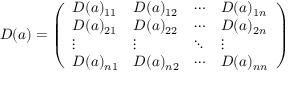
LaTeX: D ( a ) = { \left( \begin{array} { l l l l } { D ( a ) _ { 1 1 } } & { D ( a ) _ { 1 2 } } & { \cdots } & { D ( a ) _ { 1 n } } \\ { D ( a ) _ { 2 1 } } & { D ( a ) _ { 2 2 } } & { \cdots } & { D ( a ) _ { 2 n } } \\ { \vdots } & { \vdots } & { \ddots } & { \vdots } \\ { D ( a ) _ { n 1 } } & { D ( a ) _ { n 2 } } & { \cdots } & { D ( a ) _ { n n } } \end{array} \right) }